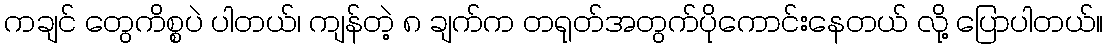
ကချင် တွေကိစ္စပဲ ပါတယ်၊ ကျန်တဲ့ ၈ ချက်က တရုတ်အတွက်ပိုကောင်းနေတယ် လို့ ပြောပါတယ်။